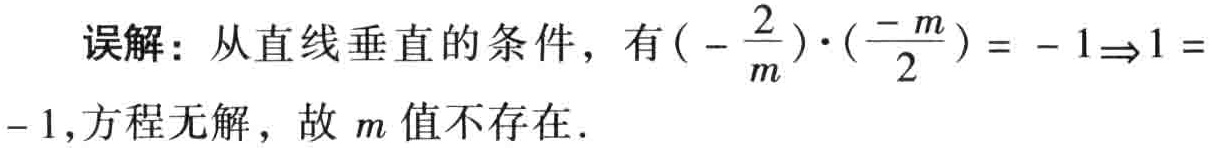
误解：从直线垂直的条件，有\((-\frac{2}{m})\cdot(\frac{-m}{2}) = - 1\Rightarrow1 = - 1\)，方程无解，故\(m\)值不存在.